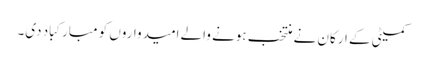
کمیٹی کے ارکان نے منتخب ہونے والے امیدواروں کو مبارکباد دی۔